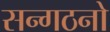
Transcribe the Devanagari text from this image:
सन्गठनो